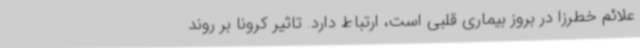
علائم خطرزا در بروز بیماری قلبی است، ارتباط دارد. تاثیر کرونا بر روند